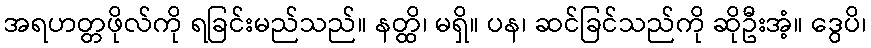
အရဟတ္တဖိုလ်ကို ရခြင်းမည်သည်။ နတ္ထိ၊ မရှိ။ ပန၊ ဆင်ခြင်သည်ကို ဆိုဦးအံ့။ ဒွေပိ၊